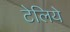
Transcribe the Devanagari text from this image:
टेलिये